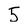
Character: 5